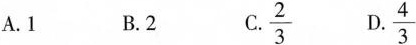
A.1 B.2 C.\frac{2}{3} D.\frac{4}{3}